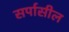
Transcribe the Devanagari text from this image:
सर्पासील